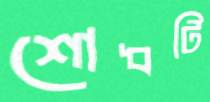
শোধটি